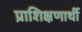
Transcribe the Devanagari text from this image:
प्राशिक्षणार्थी